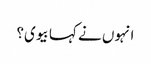
انہوں نے کہا بیوی؟